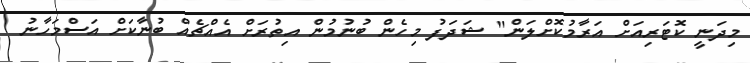
މިދަނީ ކޮޓަރިއަށް އަރާމުކޮށްލަން" ޝަދަފު މިހެން ބުނުމުން އިތުރަށް އެއްޗެއް ބުނާކަށް އަސްމަހާނު